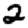
Digit: 2